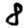
Digit: 8